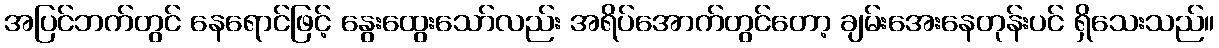
အပြင်ဘက်တွင် နေရောင်ဖြင့် နွေးထွေးသော်လည်း အရိပ်အောက်တွင်တော့ ချမ်းအေးနေတုန်းပင် ရှိသေးသည်။